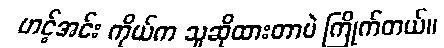
ဟင့်အင်း ကိုယ်က သူဆိုထားတာပဲ ကြိုက်တယ်။